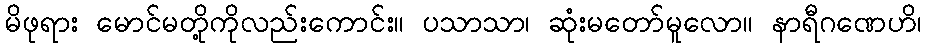
မိဖုရား မောင်မတို့ကိုလည်းကောင်း။ ပသာသာ၊ ဆုံးမတော်မူလော။ နာရီဂဏေဟိ၊